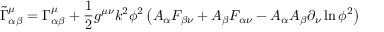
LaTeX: { \widetilde { \Gamma } } _ { \alpha \beta } ^ { \mu } = \Gamma _ { \alpha \beta } ^ { \mu } + { \frac { 1 } { 2 } } g ^ { \mu \nu } k ^ { 2 } \phi ^ { 2 } \left( A _ { \alpha } F _ { \beta \nu } + A _ { \beta } F _ { \alpha \nu } - A _ { \alpha } A _ { \beta } \partial _ { \nu } \ln \phi ^ { 2 } \right)